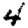
Digit: 4